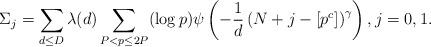
LaTeX: \begin{align*}\Sigma_{j}=\sum_{d\leq D}\lambda(d)\sum_{P<p\leq 2P}(\log p) \psi\left(-\frac{1}{d}\left(N+j-\left[p^{c}\right]\right)^{\gamma}\right), j=0,1.\end{align*}